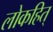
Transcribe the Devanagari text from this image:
लोकहित्